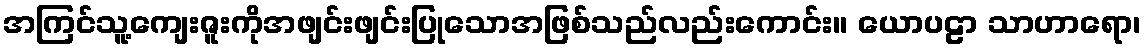
အကြင်သူ့ကျေးဇူးကိုအဖျင်းဖျင်းပြုသောအဖြစ်သည်လည်းကောင်း။ ယောပဠာ သာဟာရော၊